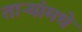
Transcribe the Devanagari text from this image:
ताऱ्यांमधे